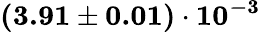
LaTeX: \mathbf{(3.91\pm 0.01)\cdot 10^{-3}}